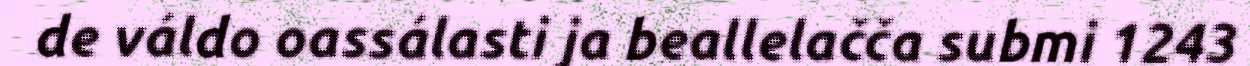
de váldo oassálasti ja beallelačča submi 1243